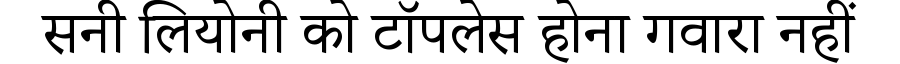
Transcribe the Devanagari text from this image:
सनी लियोनी को टॉपलेस होना गवारा नहीं